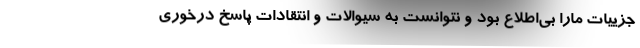
جزییات مارا بی‌اطلاع بود و نتوانست به سیوالات و انتقادات پاسخ درخوری